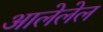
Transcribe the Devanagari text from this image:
आलेलेल